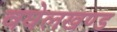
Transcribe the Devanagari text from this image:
वघेलखण्ड